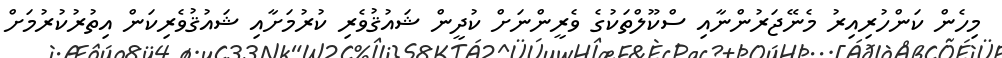
މިހެން ކަންހުރިއިރު މެނޭޖަރުންނާއި ސްކޫލްތަކުގެ ވެރީންނަށް ކުދީން ޝައުޤުވެރި ކުރުމަށާއި ޝައުޤުވެރިކަން އިތުރުކުރުމަށް